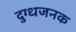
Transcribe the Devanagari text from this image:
दुग्धजनक